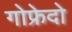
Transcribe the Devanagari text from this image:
गोफ्रेदो